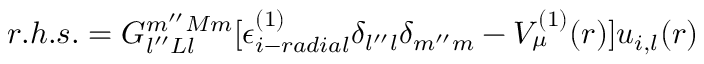
\begin{array} { r } { r . h . s . = G _ { l ^ { \prime \prime } L l } ^ { m ^ { \prime \prime } M m } [ \epsilon _ { i - r a d i a l } ^ { ( 1 ) } \delta _ { l ^ { \prime \prime } l } \delta _ { m ^ { \prime \prime } m } - V _ { \mu } ^ { ( 1 ) } ( r ) ] u _ { i , l } ( r ) } \end{array}